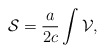
\begin{align*}{\cal S}=\frac{a}{2c}\int {\cal V},\end{align*}